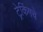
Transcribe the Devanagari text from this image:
ट्रेकिंगचे